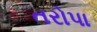
તરોપા